Indian journal of veterinary science and animal husbandry - Volume 6,
Year: 1936
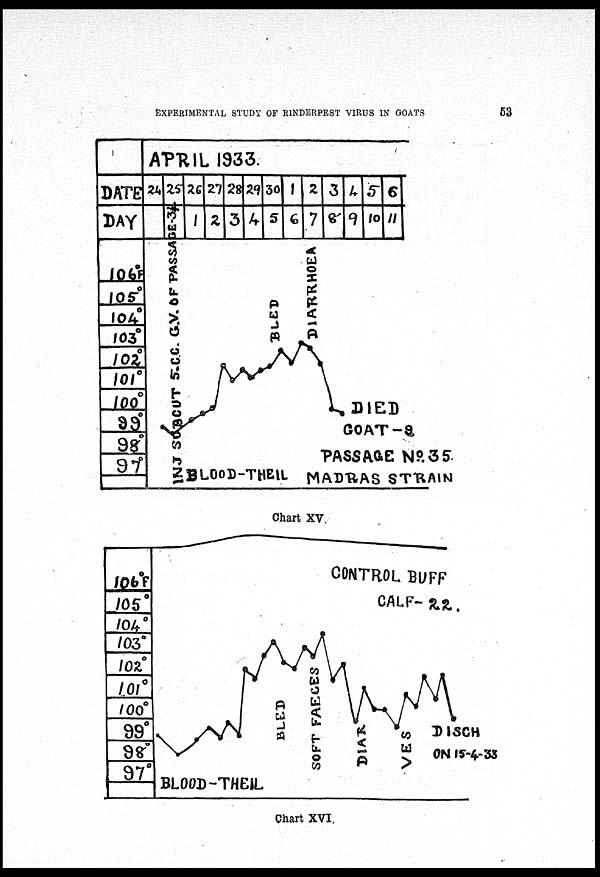
EXPERIMENTAL STUDY OF RINDERPEST VIRUS IN GOATS
53
Chart XV
Chart XVI